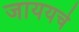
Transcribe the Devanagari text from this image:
जाययचे